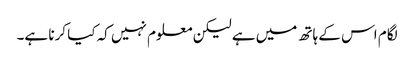
لگام اس کے ہاتھ میں ہے لیکن معلوم نہیں کہ کیا کرنا ہے۔